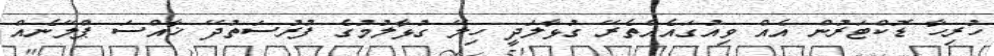
ހުރިހާ ޑޮކްޓަރުން އެއް ވިއުގައެއްތެރޭ ގުޅާލަދީ ހިލޭ ގުޅާލުމުގެ ފުރުސަތުދޭ ޚާއްސަ ޕްލޭނެއް